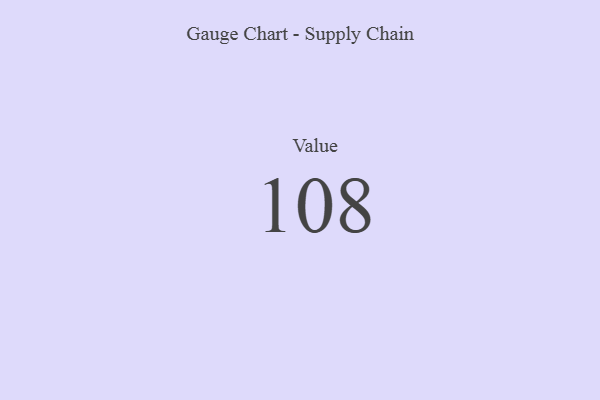
{"axis": {"x": "Metric", "y": "Value"}, "legend": [""], "data": [{"x": "Value", "y": 108, "type": ""}]}